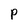
Character: P